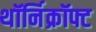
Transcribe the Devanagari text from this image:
थॉर्निक्रॉफ्ट